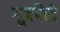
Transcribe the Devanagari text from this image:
गूज़बैरी